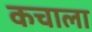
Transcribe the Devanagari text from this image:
कचाला